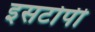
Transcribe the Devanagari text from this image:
इसटोपी